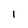
Character: l